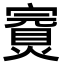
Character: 𡫅